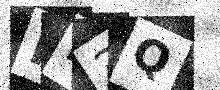
Text: HM3Q